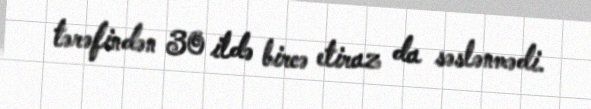
tərəfindən 30 ildə bircə etiraz da səslənmədi.